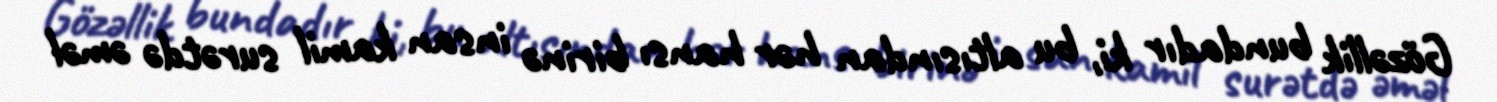
Gözəllik bundadır ki, bu altısından hər hansı birinə insan kamil surətdə əməl